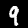
Label: 9